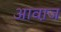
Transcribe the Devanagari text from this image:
आवा़ज